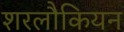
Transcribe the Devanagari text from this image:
शरलौकियन